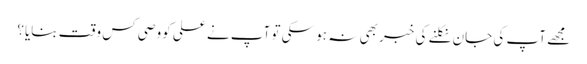
مجھے آپ کی جان نکلنے کی خبر بھی نہ ہو سکی تو آپ نے علی کووصی کس وقت بنایا؟